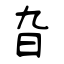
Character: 旮